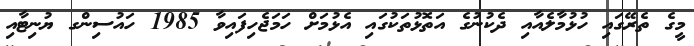
މީގެ ތެރޭގައި ހުޅުމާލެއާއި ދެކުނުގެ އަތޮޅުތަކުގައި އެޅުމަށް ހަމަޖެހިފައިވާ 1985 ހައުސިންގ ޔުނިޓާއި